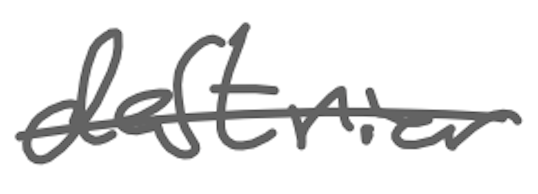
Text: destrier
Cross-out: single-line
Writing tool: digital_gray